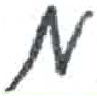
אות: מ